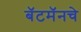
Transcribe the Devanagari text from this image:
बॅटमॅनचे